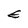
Character: E